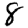
Digit: 8